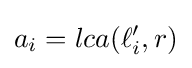
a_{i}=lca(\ell _{i}',r)